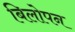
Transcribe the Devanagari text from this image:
बिलोपन